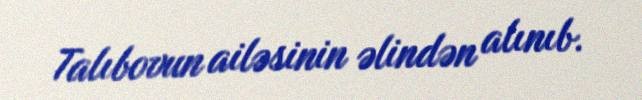
Talıbovun ailəsinin əlindən alınıb.